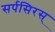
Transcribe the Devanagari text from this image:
सर्पसिरस्